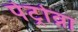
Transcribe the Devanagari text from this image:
पेट्रोव्ना